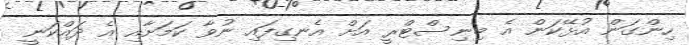
ހިންގަން އުޅޭކަން އެ މިނިސްޓްރީ އަށް އެނގިފައި ނުވާ ކަމަށާއި އެ ދައްކަނީ